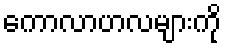
ကောလာဟလများကို